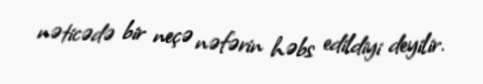
nəticədə bir neçə nəfərin həbs edildiyi deyilir.